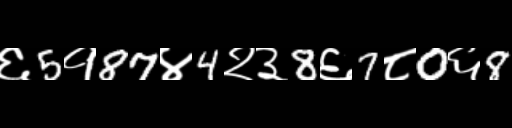
Text: ६5१87४4२३8६7८0६8